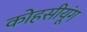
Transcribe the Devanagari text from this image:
कोहसीयूंग